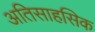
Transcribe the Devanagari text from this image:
अतिसाहसिक